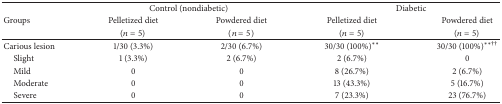
<table><thead><tr><td><b> </b></td><td colspan="2"><b>Control (nondiabetic)</b></td><td colspan="2"><b>Diabetic</b></td></tr><tr><td><b>Groups</b></td><td><b>Pelletized diet</b></td><td><b>Powdered diet</b></td><td><b>Pelletized diet</b></td><td><b>Powdered diet</b></td></tr><tr><td><b> </b></td><td><b>(<i>n</i> = 5)</b></td><td><b>(<i>n</i> = 5)</b></td><td><b>(<i>n</i> = 5)</b></td><td><b>(<i>n</i> = 5)</b></td></tr></thead><tbody><tr><td>Carious lesion</td><td>1/30 (3.3%)</td><td>2/30 (6.7%)</td><td>30/30 (100%)**</td><td>30/30 (100%)<sup>∗∗††</sup></td></tr><tr><td> Slight</td><td>1 (3.3%)</td><td>2 (6.7%)</td><td>2 (6.7%)</td><td>0</td></tr><tr><td> Mild</td><td>0</td><td>0</td><td>8 (26.7%)</td><td>2 (6.7%)</td></tr><tr><td> Moderate</td><td>0</td><td>0</td><td>13 (43.3%)</td><td>5 (16.7%)</td></tr><tr><td> Severe</td><td>0</td><td>0</td><td>7 (23.3%)</td><td>23 (76.7%)</td></tr></tbody></table>